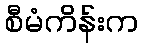
စီမံကိန်းက